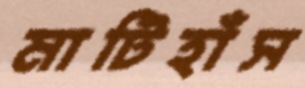
মাটিহাঁস